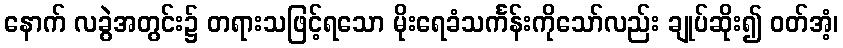
နောက် လခွဲအတွင်း၌ တရားသဖြင့်ရသော မိုးရေခံသင်္ကန်းကိုသော်လည်း ချုပ်ဆိုး၍ ဝတ်အံ့၊